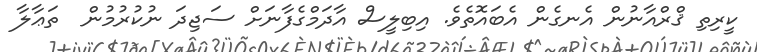
ކީރިތި ޤްރްއާނުން އެނގެން އެބައޮތެވެ. އިބިލީސް އާދަމްގެފާނަށް ސަޖިދަ ނުކުރުމުން  ތަޢާލާ